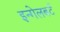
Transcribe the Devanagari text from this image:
इन्गेलबर्ट